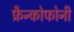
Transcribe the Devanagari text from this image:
फ्रैन्कोफोनी